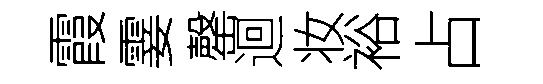
霞霎罄迴妆裕占